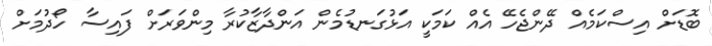
ބޮޑަށް އިސްކަމެއް ދޭންޖެހޭ އެއް ކަމަކީ އަޅުގަނޑުމެން އަންދާޒާކުރާ މިންވަރަށް ފައިސާ ހޯދުމަށް